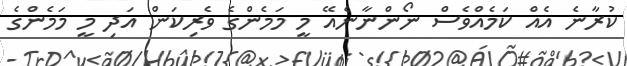
ކުރާނެ އެއް ކަމެއްވެސް ނޯންނާނެއޭ މީ މަމެންގެ ވެރިކަން އަދި މީ މަމެންގެ